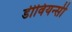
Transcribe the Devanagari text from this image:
डीवियन्सी